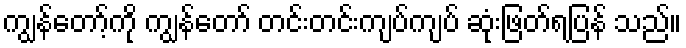
ကျွန်တော့်ကို ကျွန်တော် တင်းတင်းကျပ်ကျပ် ဆုံးဖြတ်ရပြန် သည်။